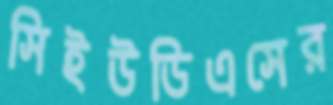
সিইউডিএসের